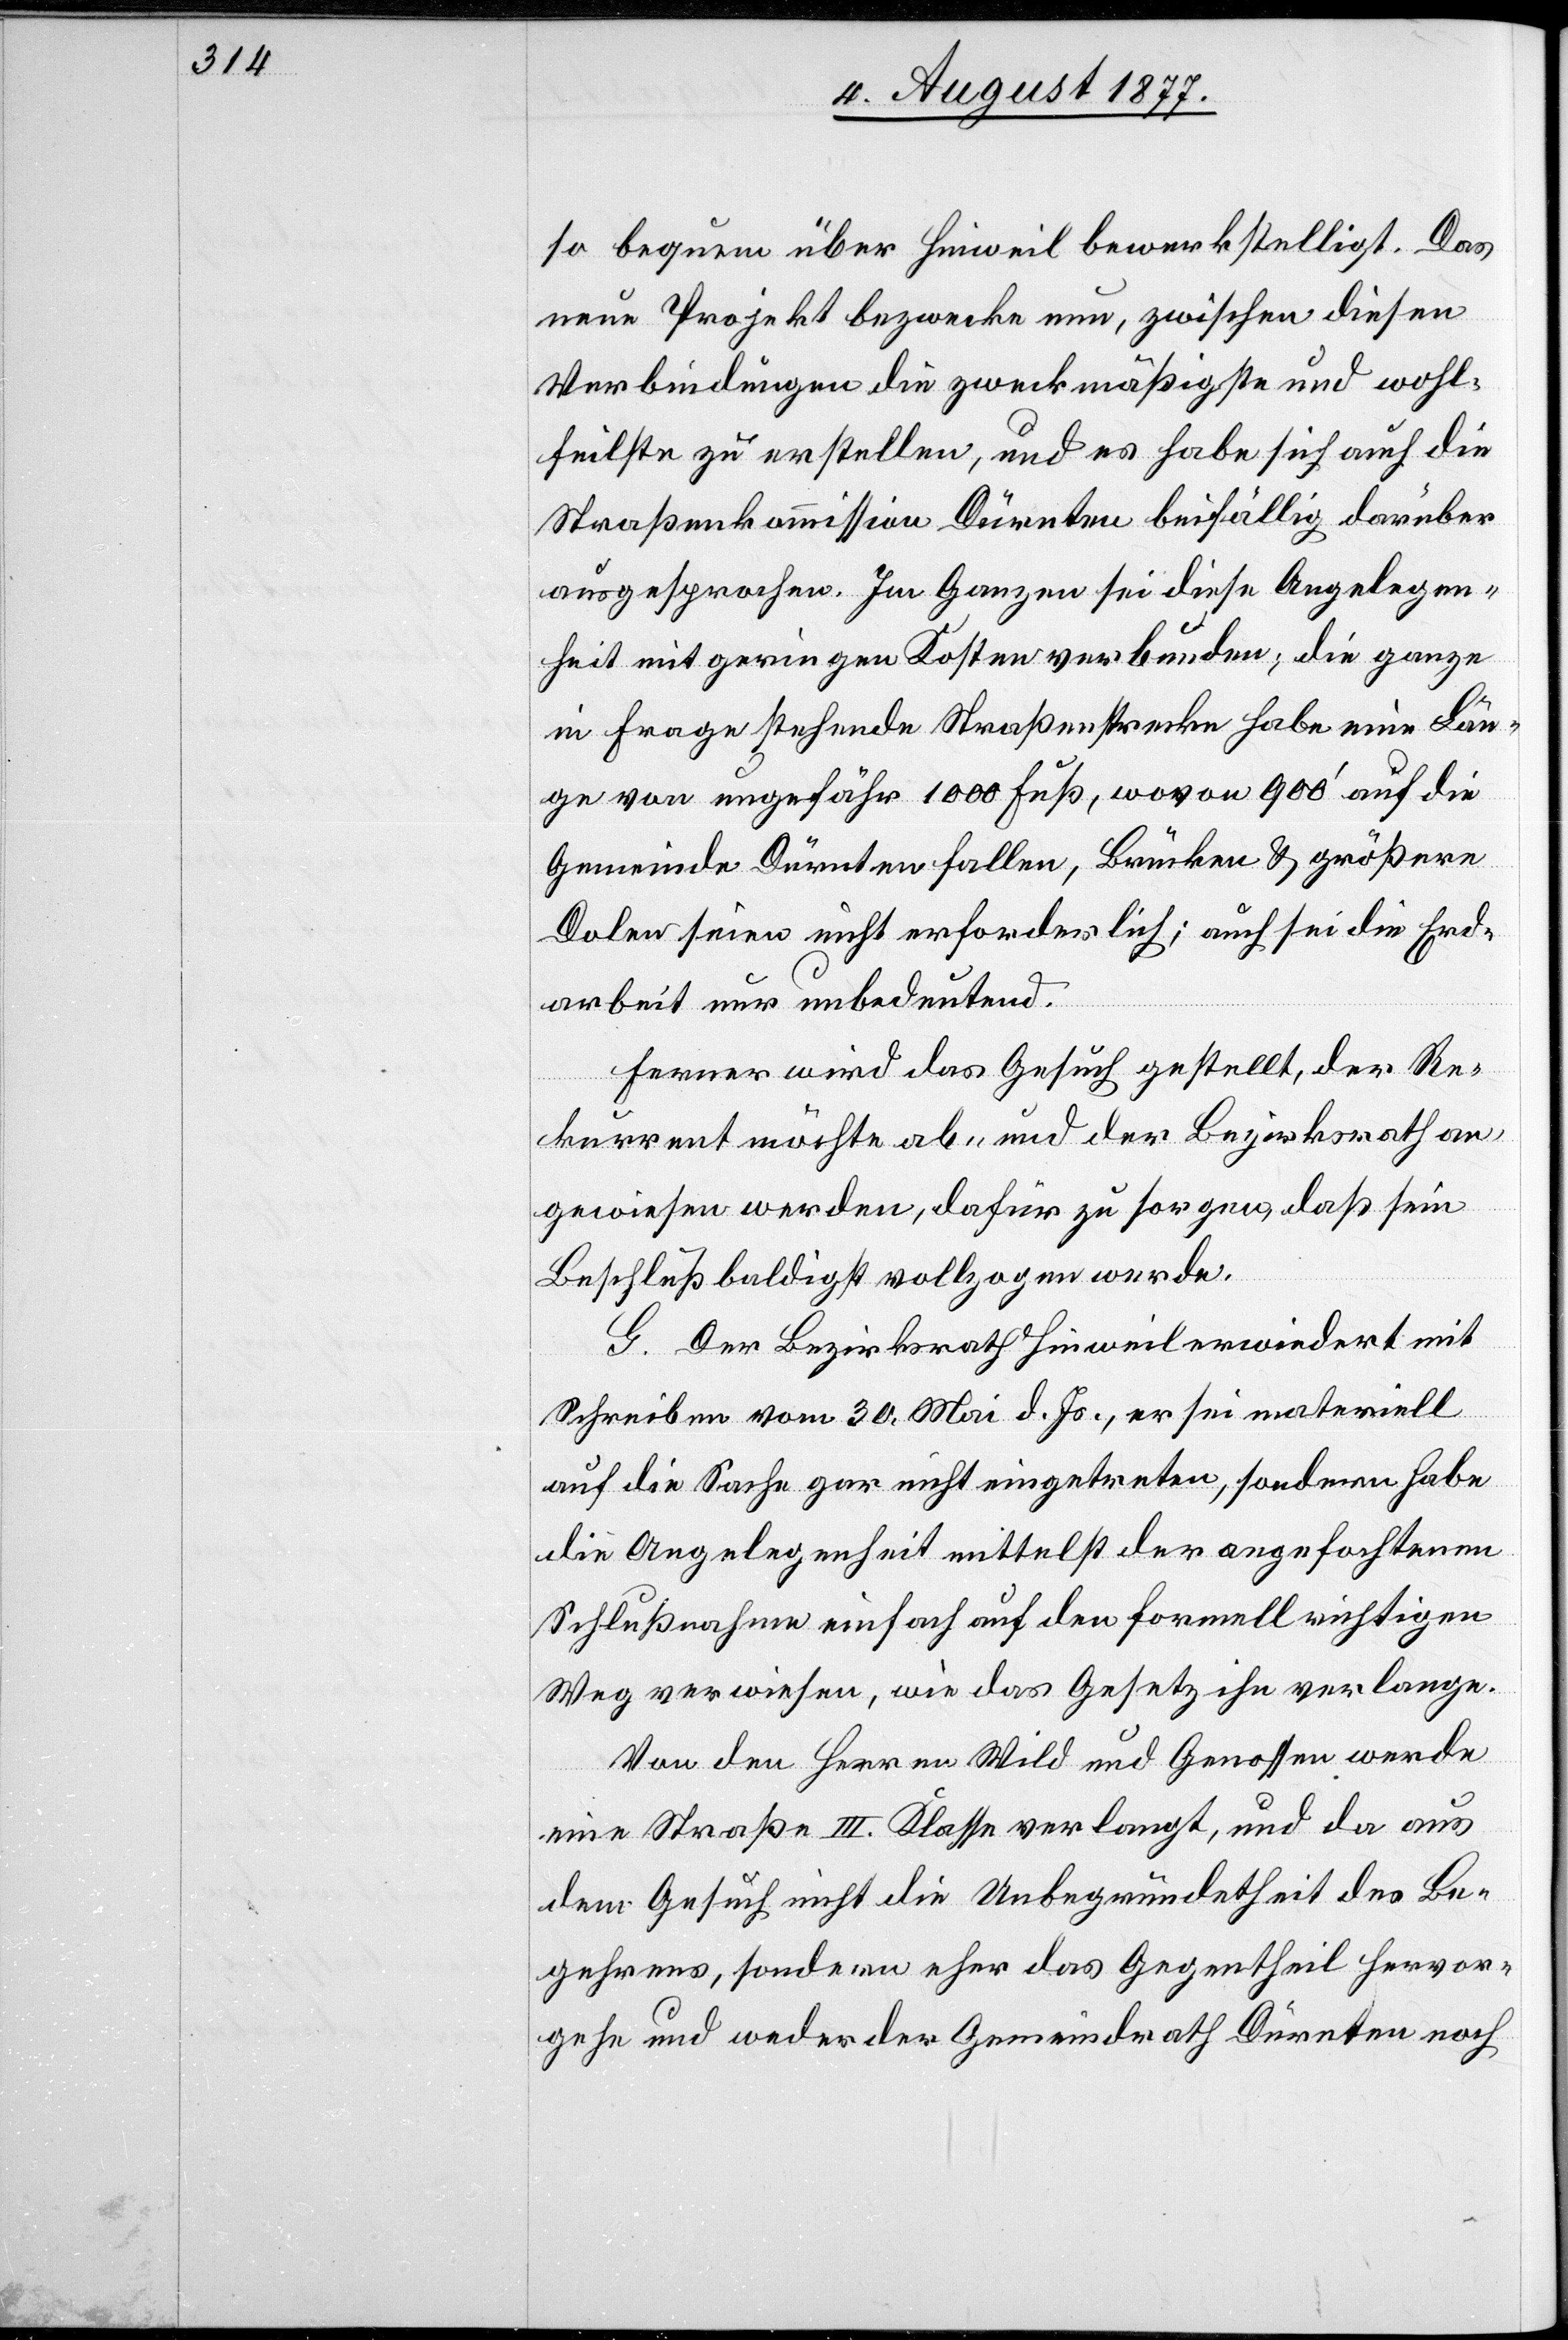
so bequem über Hinweil bewerkstelligt. Das
neue Projekt bezwecke nun, zwischen diesen
Verbindungen die zweckmäßigste und wohl¬
feilste zu erstellen, und es habe sich auch die
Straßenkommission Dürnten beifällig darüber
ausgesprochen. Im Ganzen sei diese Angelegen¬
heit mit geringen Kosten verbunden; die ganze
in Frage stehende Straßenstrecke habe eine Län¬
ge von ungefähr 1000 Fuß, wovon 900‘ auf die
Gemeinde Dürnten fallen, Brücken & größere
Dolen seien nicht erforderlich; auch sei die Erd¬
arbeit nur unbedeutend.
Ferner wird das Gesuch gestellt, der Re¬
kurrent möchte ab- und der Bezirksrath an¬
gewiesen werden, dafür zu sorgen, daß sein
Beschluß baldigst vollzogen werde.
G. Der Bezirksrath Hinweil erwiedert mit
Schreiben vom 30. Mai d. Js., er sei materiell
auf die Sache gar nicht eingetreten, sondern habe
die Angelegenheit mittelst der angefochtenen
Schlußnahme einfach auf den formell richtigen
Weg verwiesen, wie das Gesetz ihn verlange.
Von den Herren Wild und Genossen werde
eine Straße III. Klasse verlangt, und da aus
dem Gesuch nicht die Unbegründetheit des Be¬
gehrens, sondern eher das Gegentheil hervor¬
gehe und weder der Gemeindrath Dürnten noch